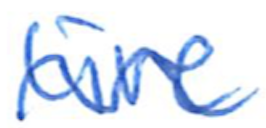
Text: live
Cross-out: mix
Writing tool: ballpoint